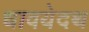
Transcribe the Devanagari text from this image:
धावयेदथ